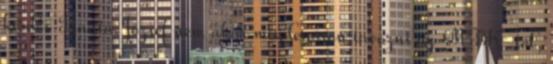
kérdés Kanta József nem akar mindenáron távozni az MTK-tól,